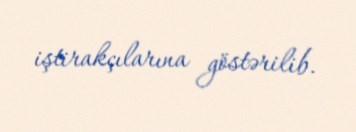
iştirakçılarına göstərilib.